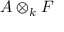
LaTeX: A \otimes _ { k } F